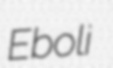
Eboli